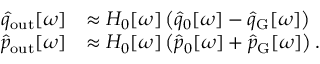
\begin{array} { r l } { \hat { q } _ { \mathrm { o u t } } [ \omega ] } & { \approx H _ { 0 } [ \omega ] \left( \hat { q } _ { 0 } [ \omega ] - \hat { q } _ { \mathrm { G } } [ \omega ] \right) } \\ { \hat { p } _ { \mathrm { o u t } } [ \omega ] } & { \approx H _ { 0 } [ \omega ] \left( \hat { p } _ { 0 } [ \omega ] + \hat { p } _ { \mathrm { G } } [ \omega ] \right) . } \end{array}